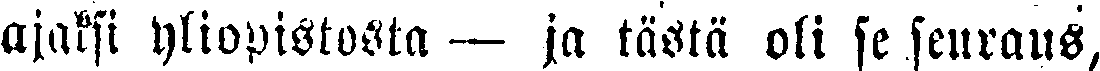
ajaksi yliopistosta  — ja tästä oli se seuraus,